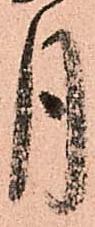
月